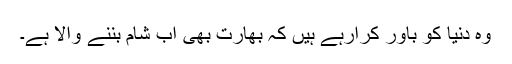
وہ دنیا کو باور کرارہے ہیں کہ بھارت بھی اب شام بننے والا ہے۔